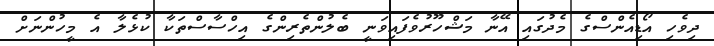
ދިވެހި އޯޑިއެންސްގެ މެދުގައި އޭނާ މަޝްހޫރުވެފައިވަނީ ބެލުންތެރިންގެ އިހްސާސްތަކާ ކުޅެލާ އެ މީހުންނަށް